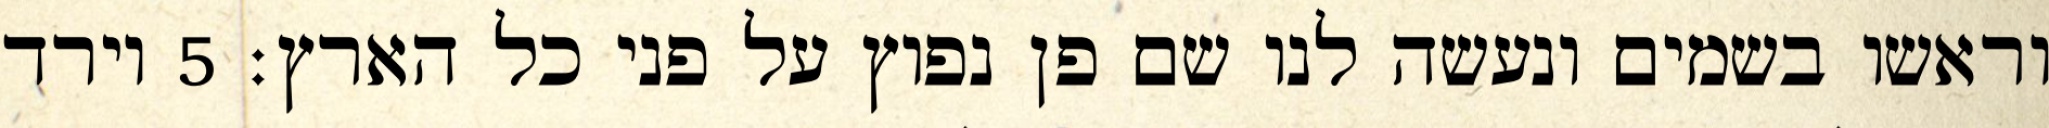
וראשו בשמים ונעשה לנו שם פן נפוץ על פני כל הארץ׃ ‎5‏ וירד